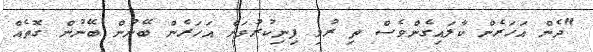
"ދެން އަހަރެން ކާލައިގެންވެސް ތި ރުޅި ފިނިކުރުވަން އަހަރެން ބޭނުން ބޭނުން ގޮތެއް